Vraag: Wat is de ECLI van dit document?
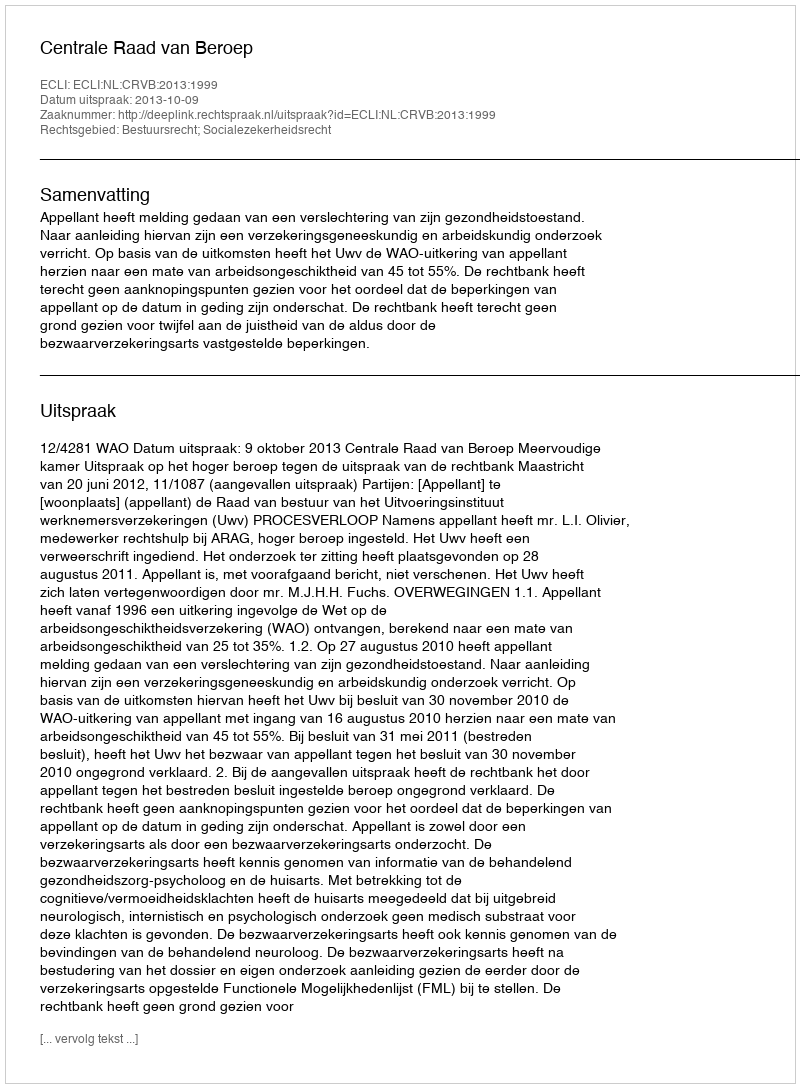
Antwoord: ECLI:NL:CRVB:2013:1999